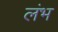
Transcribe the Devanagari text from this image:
लंभ